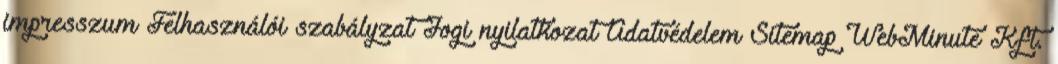
impresszum Felhasználói szabályzat Jogi nyilatkozat Adatvédelem Sitemap WebMinute Kft.